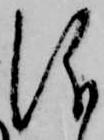
儀